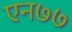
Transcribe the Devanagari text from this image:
एन७७